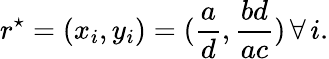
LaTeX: r^{\star}=(x_{i},y_{i})=(\frac{a}{d},\frac{bd}{ac})\, \forall\, i.